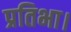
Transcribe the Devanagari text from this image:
प्रतिभा।